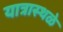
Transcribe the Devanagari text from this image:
यात्रास्थळे